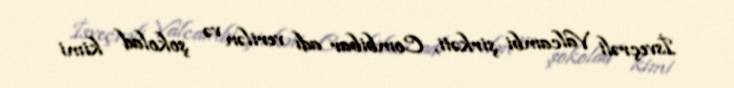
İsveçrəli Valcambi şirkəti, Combibar adı verilən və şokolad kimi